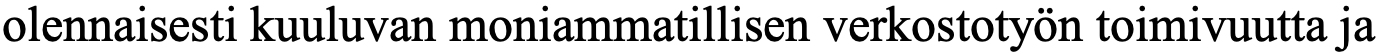
olennaisesti kuuluvan moniammatillisen verkostotyön toimivuutta ja